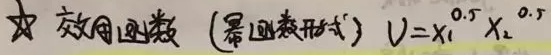
★ 效用函数 (幂函数形式) \(U = x_{1}^{0.5}x_{2}^{0.5}\)